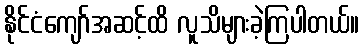
နိုင်ငံကျော်အဆင့်ထိ လူသိများခဲ့ကြပါတယ်။